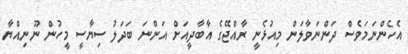
އެހެންނަމަވެސް ދަންނަވާލަން މިއުޅެނީ ރާއްޖޭގެ އާބާދީއަށް އަންނަ ބަދަލު ސިޔާސީ މީހުން ނޫނިއްޔާ